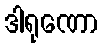
ဒါရုဏော